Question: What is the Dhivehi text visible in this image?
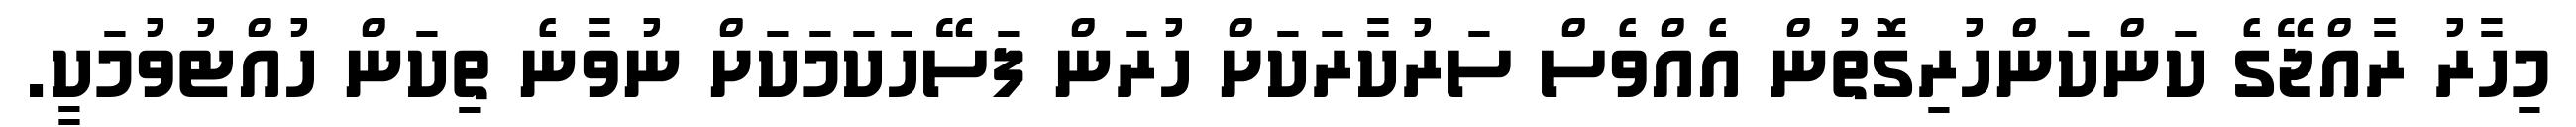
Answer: މިހާރު ރާއްޖޭގެ ކަންކަންހުރިގޮތުން އެއްވެސް ސަރުކާރަކަށް ހުރަން ފަސޭހަކަމަކަށް ނުވާނެ ތިކަން ހުއްޓުވުމަކީ.